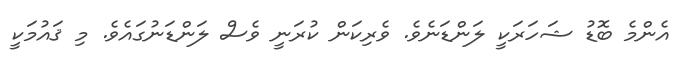
އެންމެ ބޮޑު ޝަހަރަކީ ލަންޑަނެވެ. ވެރިކަން ކުރަނީ ވެސް ލަންޑަނުގައެވެ. މި ޤައުމަކީ